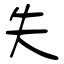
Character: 失